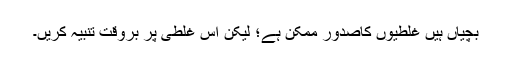
بچیاں ہیں غلطیوں کاصدور ممکن ہے؛ لیکن اس غلطی پر بروقت تنبیہ کریں۔